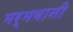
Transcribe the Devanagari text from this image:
मर्मबानी